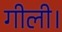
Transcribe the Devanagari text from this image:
गीली।